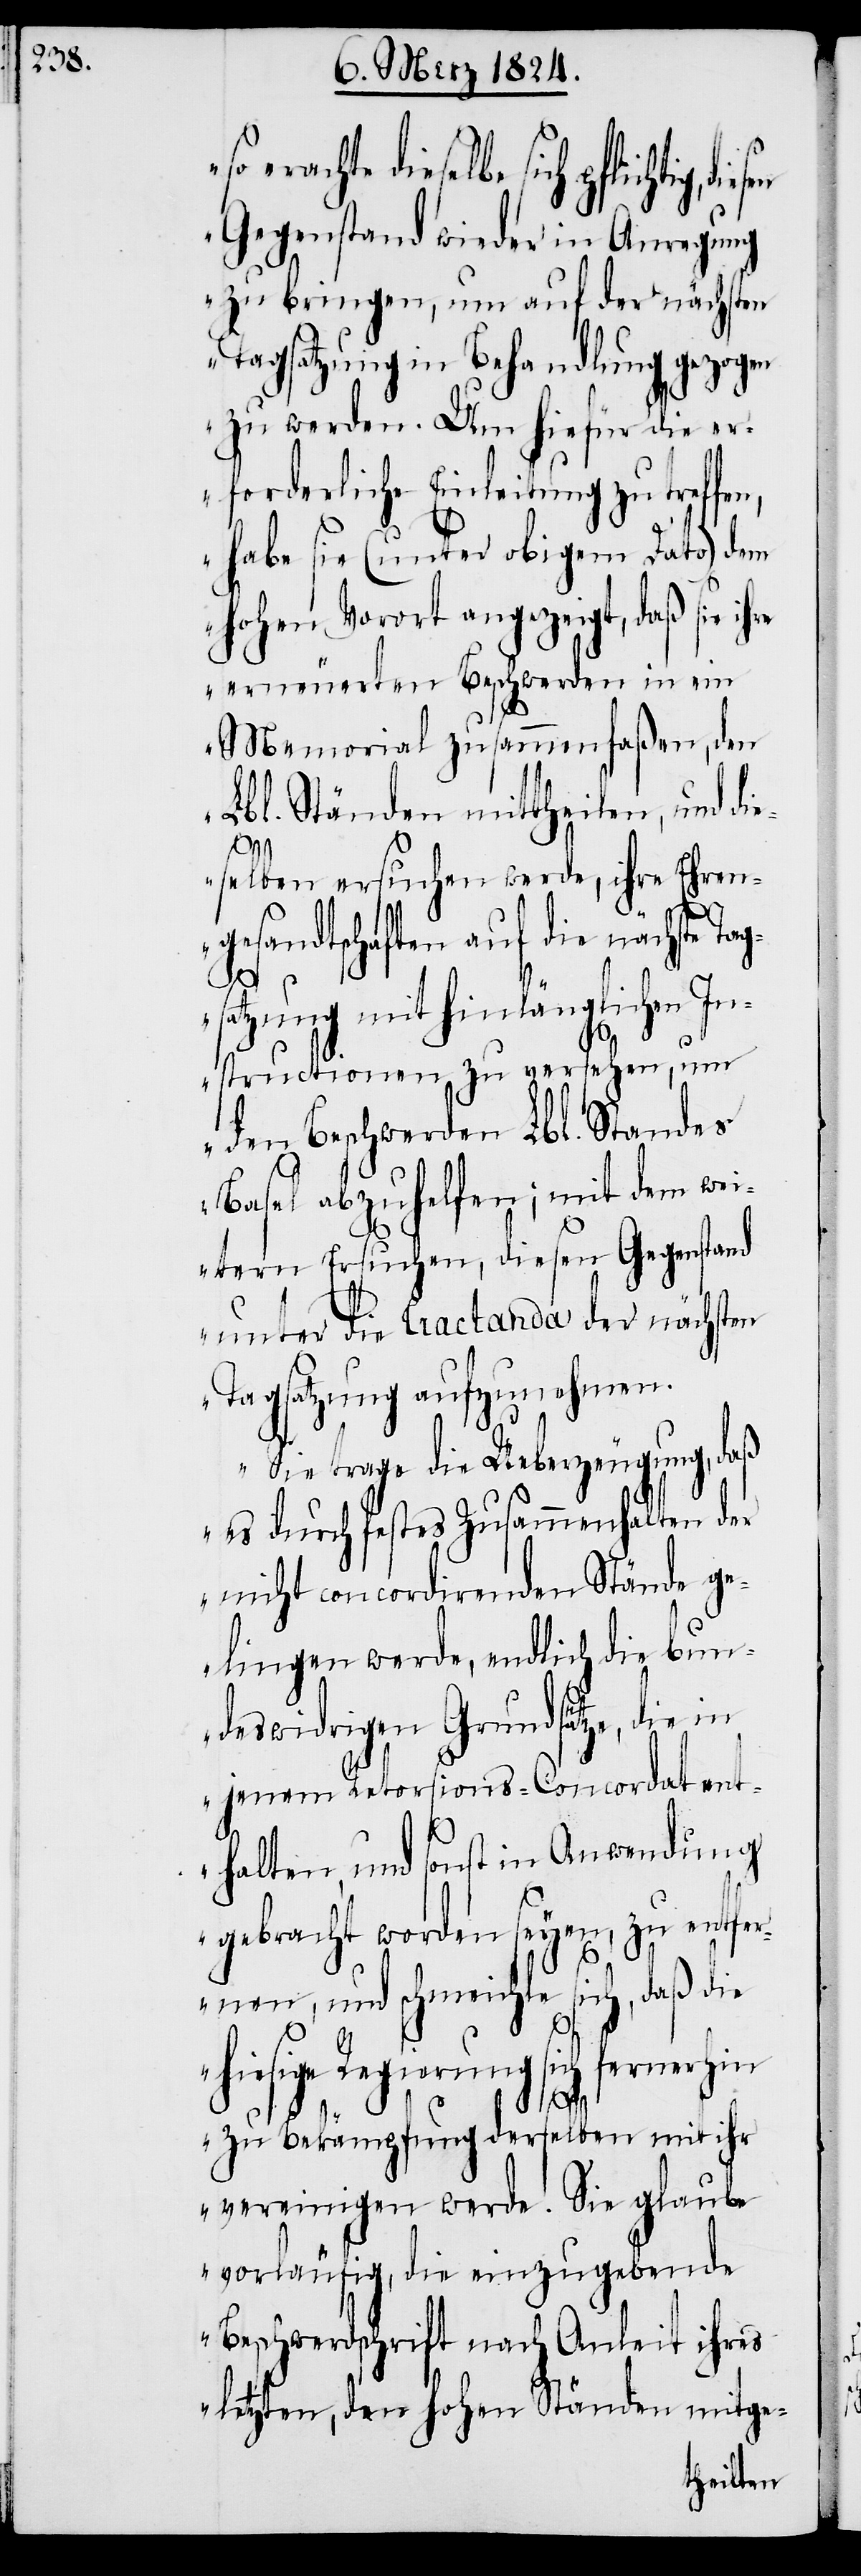
erachte dieselbe sich pflichtig,
Gegenstand wieder in Anregung
zu bringen, um auf der nächsten
Tagsatzung in Behandlung gezogen
zu werden. Um hiefür die er¬
forderliche Einleitung zu treffe¬
n, habe sie (unter obigem Dato) dem
hohen Vorort angezeigt, daß sie
erneuerten Beschwerden in ein
Memorial zusammenfaßen, den
Lbl. Ständen mittheilen, und di¬
eselben ersuchen werde, ihre Ehren¬
gesandtschaften auf die nächste Ta¬
gsatzung mit hinlänglichen In¬
structionen zu versehen, um
den Beschwerden Lbl. Standes
Basel abzuhelfen; mit dem wei¬
tern Ersuchen, diesen Gegenstand
unter die Tractanda der nächsten
Tagsatzung aufzunehmen.
Sie trage die Ueberzeugung, daß
es durch festes Zusammenhalten der
nicht concordirenden Stände ge¬
lingen werde, endlich die bun¬
deswidrigen Grundsätze, die in
jenem Retorsions-Concordat en¬
thalten, und sonst in Anwendung
gebracht worden seyen, zu entfer¬
nen, und schmeichle sich, daß die
hiesige Regierung sich fernerhin
zu Bekämpfung derselben mit ihr
vereinigen werde. Sie glaube
vorläufig, die einzugebende
Beschwerdschrift nach Anleit ihres
letzten, den hohen Ständen mitge-